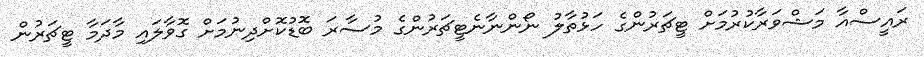
ރައީސްއާ މަޝްވަރާކުރުމަށް ޓީޗަރުންގެ ހަޅުތާލު ނޯންނާނެޓީޗަރުންގެ މުސާރަ ބޮޑުކޮށްދިނުމަށް ގޮވާލައި މާދަމާ ޓީޗަރުން